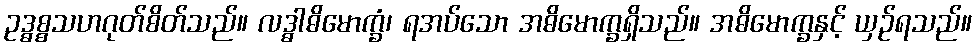
ဥဒ္ဓစ္စသဟဂုတ်စိတ်သည်။ လဒ္ဓါဓိမောက္ခံ၊ ရအပ်သော အဓိမောက္ခရှိသည်။ အဓိမောက္ခနှင့် ယှဉ်ရသည်။